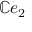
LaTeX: \mathbb { C } e _ { 2 }